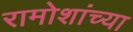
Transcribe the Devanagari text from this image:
रामोशांच्या